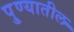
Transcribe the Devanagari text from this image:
पु्ण्यातील